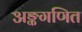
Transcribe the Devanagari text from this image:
अङ्कगणित